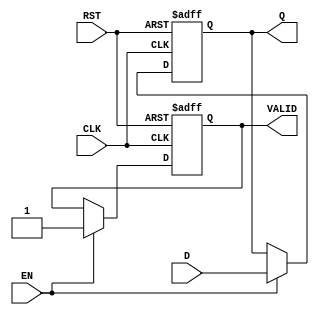
module OutputRegister #(
    parameter DATA_WIDTH = 8  // Parameter for data width
)(
    input  wire [DATA_WIDTH-1:0] D,     // Data input
    input  wire CLK,                     // Clock input
    input  wire RST,                     // Reset input
    input  wire EN,                      // Enable input
    output reg  [DATA_WIDTH-1:0] Q,     // Data output
    output reg  VALID                    // Output valid signal
);

    // Synchronous reset and data capture on clock edge
    always @(posedge CLK or posedge RST) begin
        if (RST) begin
            Q <= {DATA_WIDTH{1'b0}};      // Clear register on reset
            VALID <= 1'b0;                // Invalidate output
        end else if (EN) begin
            Q <= D;                       // Capture data on clock edge
            VALID <= 1'b1;                // Set output valid
        end
    end

endmodule